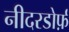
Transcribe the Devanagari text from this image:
नीदरडोर्फ़